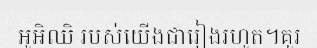
អូអិឈិ របស់យើងជារៀងរហូត។គួរ